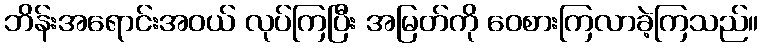
ဘိန်းအရောင်းအဝယ် လုပ်ကြပြီး အမြတ်ကို ဝေစားကြလာခဲ့ကြသည်။